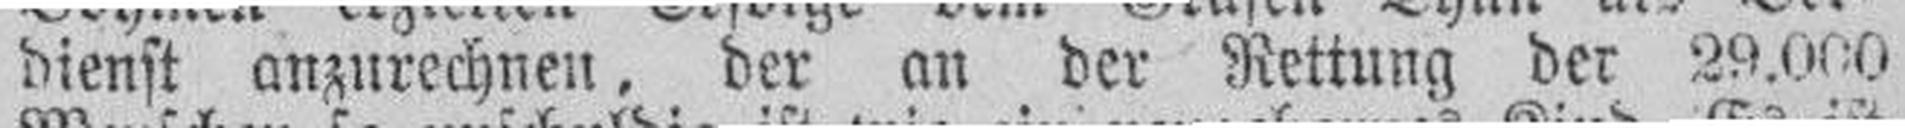
dienst anzurechnen, der an der Rettung der 29.000